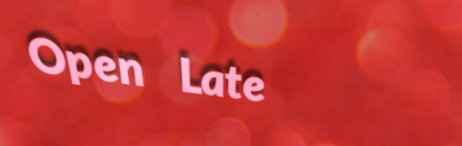
Open Late